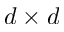
d \times d